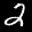
Label: 2